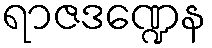
ရာဇဒဏ္ဍေန